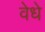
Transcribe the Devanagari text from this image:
वेधे